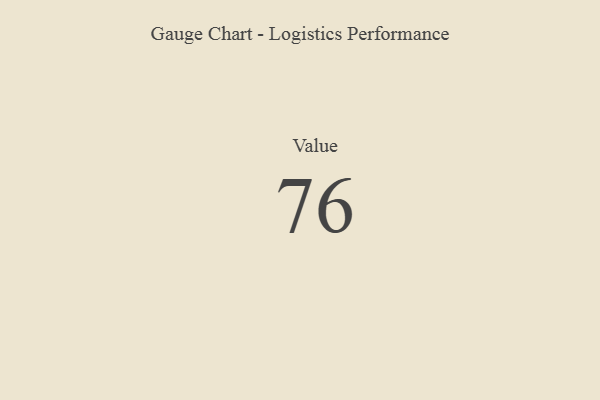
{"axis": {"x": "Metric", "y": "Value"}, "legend": [""], "data": [{"x": "Value", "y": 76, "type": ""}]}